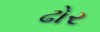
ઢોર